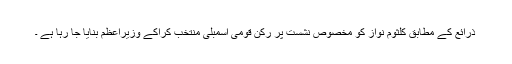
ذرائع کے مطابق کلثوم نواز کو مخصوص نشست پر رکن قومی اسمبلی منتخب کراکے وزیراعظم بنایا جا رہا ہے ۔